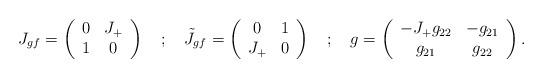
LaTeX: \begin{align*}J_{gf}=\left( \begin{array}{cc}0 & J_{+}\\1 & 0\end{array}\right) \quad ;\quad \tilde{J}_{gf}=\left( \begin{array}{cc}0 & 1\\J_{+} & 0\end{array}\right) \quad ;\quad g=\left( \begin{array}{cc}-J_{+}g_{22} & -g_{21}\\g_{21} & g_{22}\end{array}\right) .\end{align*}